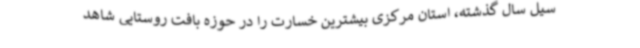
سیل سال گذشته، استان مرکزی بیشترین خسارت را در حوزه بافت روستایی شاهد